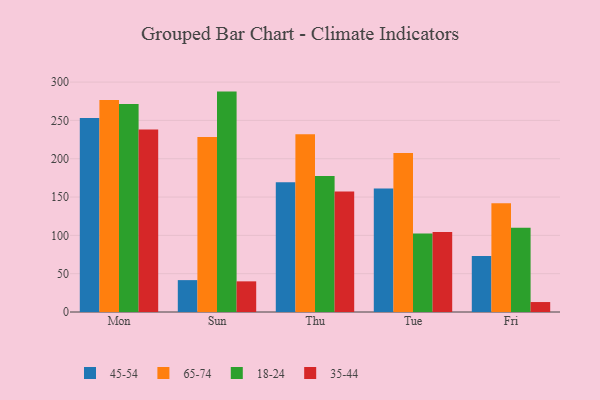
{"axis": {"x": "Day", "y": "Net Income (USD K)"}, "legend": ["18-24", "35-44", "45-54", "65-74"], "data": [{"x": "Mon", "y": 253.1, "type": "45-54"}, {"x": "Mon", "y": 276.7, "type": "65-74"}, {"x": "Mon", "y": 271.5, "type": "18-24"}, {"x": "Mon", "y": 238.3, "type": "35-44"}, {"x": "Sun", "y": 41.6, "type": "45-54"}, {"x": "Sun", "y": 228.3, "type": "65-74"}, {"x": "Sun", "y": 287.6, "type": "18-24"}, {"x": "Sun", "y": 40.0, "type": "35-44"}, {"x": "Thu", "y": 169.3, "type": "45-54"}, {"x": "Thu", "y": 231.9, "type": "65-74"}, {"x": "Thu", "y": 177.4, "type": "18-24"}, {"x": "Thu", "y": 157.4, "type": "35-44"}, {"x": "Tue", "y": 161.2, "type": "45-54"}, {"x": "Tue", "y": 207.5, "type": "65-74"}, {"x": "Tue", "y": 102.4, "type": "18-24"}, {"x": "Tue", "y": 104.5, "type": "35-44"}, {"x": "Fri", "y": 73.1, "type": "45-54"}, {"x": "Fri", "y": 141.8, "type": "65-74"}, {"x": "Fri", "y": 110.1, "type": "18-24"}, {"x": "Fri", "y": 13.0, "type": "35-44"}]}